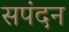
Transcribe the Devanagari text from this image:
सपंदन